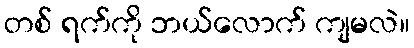
တစ် ရက်ကို ဘယ်လောက် ကျမလဲ။